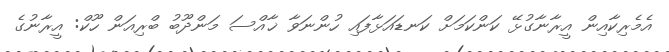
އެމެރިކާއިން އީރާނާގުޅޭ ކަންކަމަށް ކަނޑައަޅާފައި ހުންނަވާ ޚާއްސަ މަންދޫބު ބްރިއަން ހޫކް: އީރާނުގެ